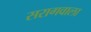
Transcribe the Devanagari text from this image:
सरागवाला